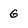
Character: G